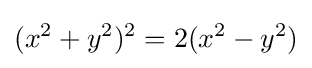
(x^{2}+y^{2})^{2}=2(x^{2}-y^{2})